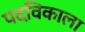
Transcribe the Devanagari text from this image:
पदविकाला